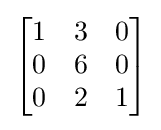
{\begin{bmatrix}1&3&0\\0&6&0\\0&2&1\end{bmatrix}}